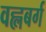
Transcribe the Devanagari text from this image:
वह्लबर्ग